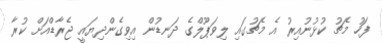
ފަހު މެޗު ކުޅުނުއިރު އެ މެޗުގައި ލިވަޕޫލްގެ ދަނޑުން އިވިގެންދިޔައީ ޖެރާޑްއަށް ކުރާ